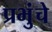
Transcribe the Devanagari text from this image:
प्रभुंचे